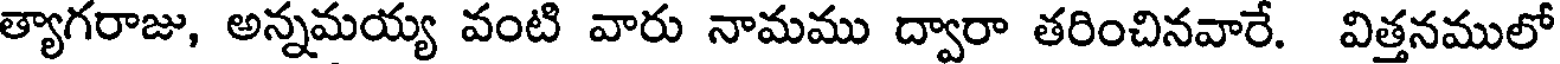
త్యాగరాజు, అన్నమయ్య వంటి వారు నామము ద్వారా తరించినవారే. విత్తనములో